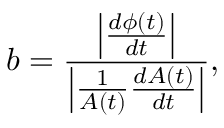
b = \frac { \left| \frac { d \phi ( t ) } { d t } \right| } { \left| \frac { 1 } { A ( t ) } \frac { d A ( t ) } { d t } \right| } ,